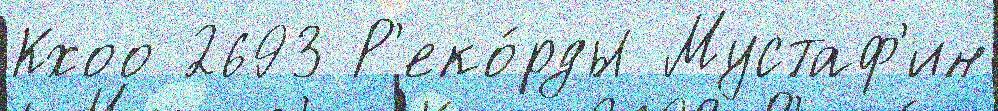
Кхоо 2693 Р'еко́рды Мустаф'ин